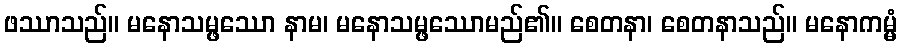
ဖဿာသည်။ မနောသမ္ဖဿော နာမ၊ မနောသမ္ဖဿောမည်၏။ စေတနာ၊ စေတနာသည်။ မနောကမ္မံ